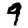
Digit: 9